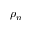
\rho _ { n }